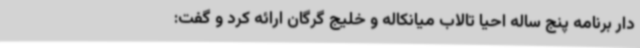
دار برنامه پنج ساله احیا تالاب میانکاله و خلیج گرگان ارائه کرد و گفت: